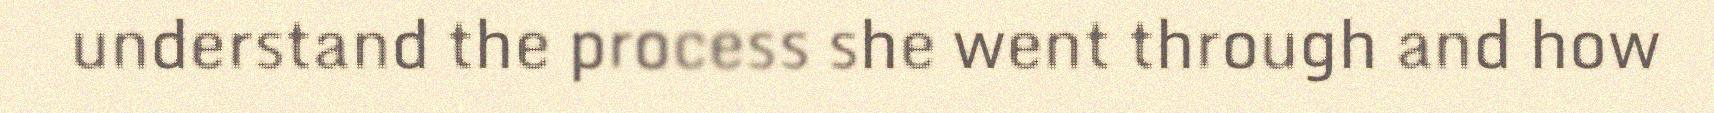
understand the process she went through and how